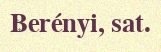
Berényi, sat.